Vital statistics of India. Vol. VI, European troops 1870-79
Year: 1870
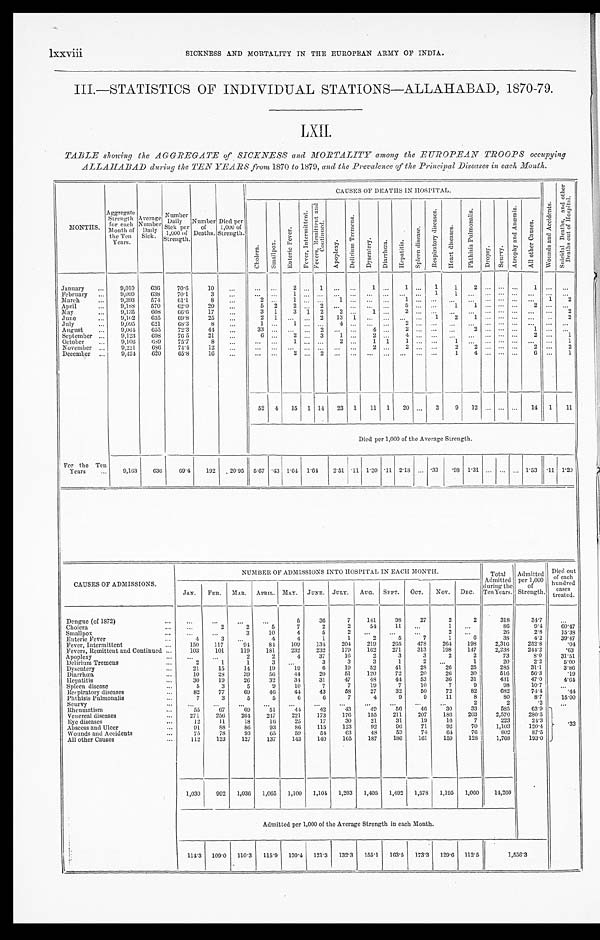
lxxviii
SICKNESS AND MORTALITY IN THE EUROPEAN ARMY OF INDIA.
III.—STATISTICS OF INDIVIDUAL STATIONS—ALLAHABAD, 1870-79.
LXII.
TABLE showing the AGGREGATE of SICKNESS and MORTALITY among the EUROPEAN TROOPS occupying
ALLAHABAD during the TEN YEARS from 1870 to 1879, and the Prevalence of the Principal Diseases in each Month.
MONTHS.
Aggregate
Strength
for each
Month of
the Ten
Years.
Average
Number Da i l y
Sick.
Number
Daily
Sick per
1,000 of
Strength.
Number
of
Deaths.
Died per
1,000 of
Strength.
CAUSES OF DEATHS IN HOSPITAL.
W o u n d s a n d A c c i d e n t s .
S u i c i d a l D e a t h s , a n d o t h e r
D e a t h s o u t o f H o s p i t a l .
C h o l e r a .
S ma l l p o x .
E n t e r i c F e v e r .
F e v e r , I n t e r m i t t e n t .
F e v e r s , R e m i t t e n t a n d
C o n t i n u e d .
A p o p l e x y . D e l i r i u m T r e m e n s . D y s e n t e r y .
D i a r r h œ a . H e p a t i t i s .
S p l e e n d i s e a s e .
R e s p i r a t o r y d i s e a s e s .
H e a r t d i s e a s e s .
P h t h i s i s P u l m o n a l i s .
D r o p s y . Scurvy.
A t r o p h y a n d A n æ m i a .
A l l o t h e r C a u s e s .
January ...
9,010
636
7 0 . 6
10 ...
... ...
2
...
1
... ... 1 ... 1 ... 1
1
2
... ... ...
1 ... . . .
February ... 9,099
638
70.1 3
...
... ... 1 ... ... ... ... ... ... ... ... 1 1 ... ... ... . . .
. . . ......
March
...
9,393
574 61.1
8 ...
2 ... 1 ... ... 1 ... ... ... 1 ... ... ... ... ... ... ... ... 1 2
April
... 9,188
570
62.0
20 ...
5 2
2 ... 2 ... ... ... ... 5 ... ... 1 1
... ... ... 2 ......
M ay
...
9,135
608
6 6 . 6
17 ...
3 1
3 1 2 2 ... 1 ... 2 ... ... ... . . . . . . ... ... ... ... 2
June
... 9,102 635 69.8
25 ...
2 1 ... ... 2 13 1 ... ... ... ... 1
2
1 ... ... ... ... ... 2
July
...
9,095 621 6 8 . 3
8 ...
1 ... 1 ... ... 4 ... ... ... 2 ... ... ...
. . . . . . ... ... . . . ... . . .
August
...
9,064 655
72.3
4 4
...
33 ... ... ...2 ... ...
4 ... 2 ... ... ...
2 ... ... ... 1 ......
September ...
9,123 698
76.5
21 ...
6 ...
2 ... 3
1 ... 2 ... 4 ... ... ... ... ... ... ... 2 ...1
October ...
9,106
689 7 5 . 7
8 ...
... ... 1 ...... 2 ...
1 1 1 ... ... 1 ... ... ... ... ... ...
1
November ...
9,221 686
7 4 . 4
12 ...
... ... ... ... ... ... ...
2 . . . 2 ... ... 2
2 ... ... ... 2 ... 2
December ...
9,424 620
6 5 . 8
16 ...
...
...
2
...
2
... ... ...
. . .... ...
...
1
4
... ... ...
6 ... 1
52 4 15 1 14 23 1 11 1 20 ... 3
9 12 ... ... ... 14 1 11
Died per 1,000 of the Average Strength.
For the Ten
Years ... 9,163
636
6 9 . 4
192 20.95 5.67 .43 1.64 1. 64
2.51 .11 1.20 .11 2.18 ... . 3 3 .98 1.31 ... ... ... 1.53 .11 1. 20
CAUSES OF ADMISSIONS.
NUMBER OF ADMISSIONS INTO HOSPITAL IN EACH MONTH.
Total
Admitted
during the
Ten Years.
Admitted
per 1,000
of
Strength.
Died out
of each
hundre d
cases treated.
JAN. FEB. MAR. APRIL. MAY. JUNE. JULY. AUG. SEPT. OCT. NOV. DEC.
Dengue (of 1872)
...
...
...
. . .
...
5
36
7
141
98
27
2
2
318
34.7
...
Cholera
...
...
2
2
5
7
2
2
54
11 ...
1 ...
86
9.4
60.47
Smallpox
...
...
...
3
10
4
5 2
...
...
... 2
...
26
2.8
15.38
Enteric Fever
...
4
3 . . .
4
4
1
1
2
5
7
1
6
38
4.2
39.47
Fever, Intermittent
...
150 117
94
84
109
134
204
219
265 478
264 198
2,316
252.8
.04
Fevers, Remittent and Continued ...
103
101
119
181
232
232
179
162
271
313
198
147
2,238
244.2
.63
Apoplexy
... ...
...
2
2
4
37
1 6
2
3
3
2
2
73
8.0
31.51
Delirium Tremens
...
2
1
1
3 . . .
3
3
3
1 2 ...
1
20
2.2
5.00
Dysentery
...
21
15
14
19
19
6
19
52
41
28
26
25
285
31.1
3.86
Diarrhœa
...
10
28
39
56
44
20
51
120
72
20
26
30
516
56.3
.19
Hepatitis
...
30
19
26
32
34
31
47
48
44
53
36
31
431
47.0
4.64
Spleen disease
...
5
3
5
9
10
7
7
19
7
10
7
9
98
10.7
...
Respiratory diseases
...
82
77
69
46
44
43
58
27
32
50
72
82
682
74.4
.44
Phthisis Pulmonalis
...
7
3
5
5
6
6
7
4
9
9
11
8
80
8.7
15.00
Scurvy
... ...
...
...
...
...
...
. . .
. . .
...
...
. . .
2
2
.2
...
Rheumatism
...
55
67
69
51
44
42 43
49
5 6
46
30
33
585
63.9
.33
Venereal diseases
...
271
256 264 247
221
173
176
155
211
207
186 203
2,570
280.5
Eye diseases
...
12
11
18
16
25
17
30
21
31
19
1 6
7
223
24.3
Abscess and Ulcer
...
91
88
86
93
86
115
123
92
96
71
92
70
1,103
120.4
Wounds and Accidents
...
75
78
93
65
59
54
63
48
53
74
64
76
802
87.5
All other Causes
...
112
123
127
137
143
140
165
187
1 8 6
161
159
128 1,768
193.0
1,030
992 1,036 1,065 1,100 1,104 1,203 1,405 1,492 1,578 1,195 1,060 14,260
Admitted per 1,000 of the Average Strength in each Month.
114.3 109.0 110.3 115.9 120.4 121.3 132.3 155.1 163.5 173.3 129.6 112.5
1 , 5 5 6 . 3